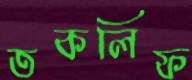
তকলিফ